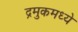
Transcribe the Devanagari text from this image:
द्रमुकमध्ये